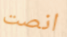
انصت